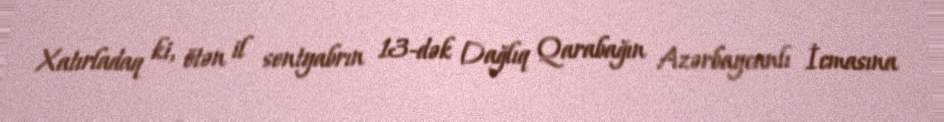
Xatırladaq ki, ötən il sentyabrın 13-dək Dağlıq Qarabağın Azərbaycanlı İcmasına